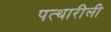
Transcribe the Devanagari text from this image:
पत्थारीली